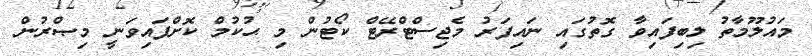
މައުލޫމާތު ލިބިފައިވާ ގޮތުގައި ނައިފަރު މެޖިސްޓްރޭޓް ކޯޓުން މި ޙުކުމް ކޮށްފައިވަނީ މިޞްރުން